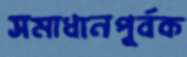
সমাধানপূর্বক